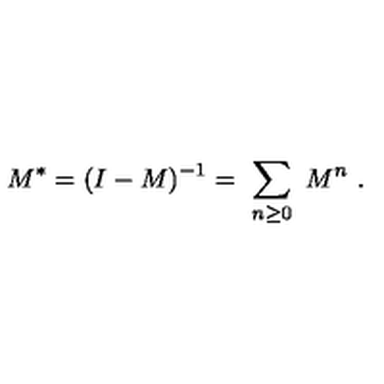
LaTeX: M ^ { * } = ( I - M ) ^ { - 1 } = \ \sum _ { n \geq 0 } \ M ^ { n } \ .